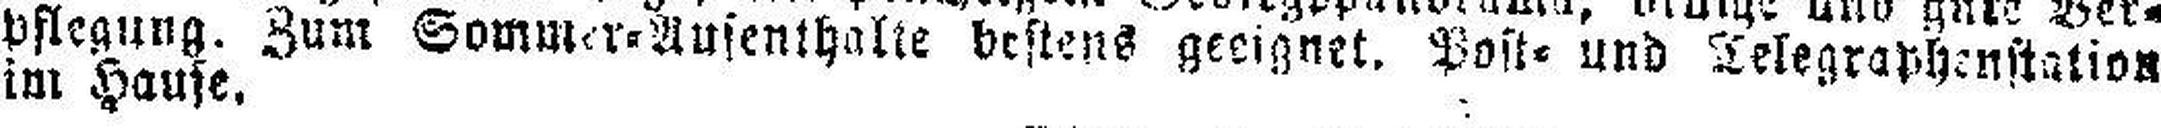
pflegung. Zum Sommer=Aufenthalte bestens geeignet. Post= und Telegraphenstation